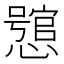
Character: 𢣉